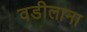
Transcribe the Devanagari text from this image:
वडीलाना